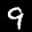
Label: 9